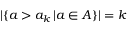
\vert \{ a > a _ { k } \, \vert a \in A \} \vert = k